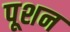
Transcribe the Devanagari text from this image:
पूशन